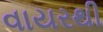
વાયરથી